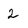
Character: 2